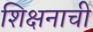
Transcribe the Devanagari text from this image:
शिक्षनाची